Rangoon Lunatic Asylum 1878-1892 - 1878-1892
Year: 1878
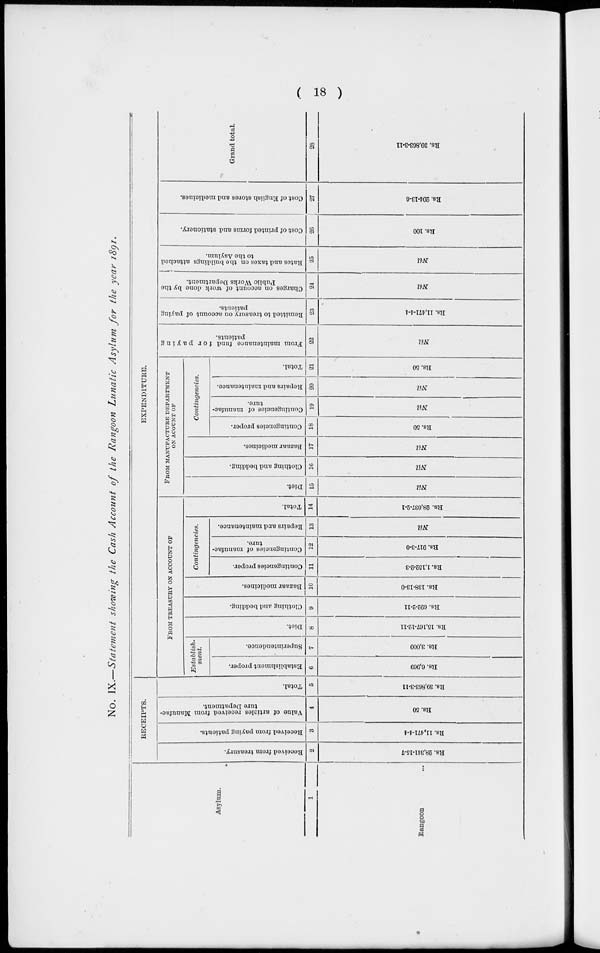
( 18 )
No. IX.—Statement showing the Cash Account of the Rangoon Lunatic Asylum for the year 1891.
Asylum.
1
Rangoon ...
RECEIPTS.
Received from treasury.
2
Rs. 28,341- 15- 7
Received from paying patients.
3
Rs. 11,471-4-4
Value of articles received from Manufac-
ture Depatment.
4
Rs. 50
Total.
5
Rs. 39,863-3-11
EXPENDITURE.
FROM TREASURY ON ACCOUNT OF
Establish-
ment.
Establishment proper.
6
Rs. 6, 969
Superintendence.
7
Rs. 3,000
Diet.
8
Rs. 15,167-12-11
Clothing and bedding.
9
Rs. 692-2-11
Bazaar medicines.
10
Rs. 138-13-0
Contingencies.
Contingencies proper.
11
Rs. 1,152-2-3
Contingencies of manufac-
ture.
12
Rs. 917- 3- 0
Repairs and maintenance.
13
Nil
Total.
14
Rs. 28, 037- 2- 1
FROM MANUFACTURE DEPARTMENT
ON ACCOUNT OF
Diet.
15
Nil
Clothing and bedding.
16
Nil
Bazaar medicines.
17
Nil
Contingencies.
Contingencies proper.
18
Rs. 50
Contingencies of manufac-
ture.
19
Nil
Repairs and maintenance.
20
Nil
Total.
21
Rs. 50
From maintenance fund for paying
patients.
22
Nil
Remitted to treasury on account of paying
patients.
23
Rs. 11,471-4-4
Charges on account of work done by the
Public Works Department.
24
Nil
Rates and taxes on the buildings attached
to the Asylum.
25
Nil
Cost of printed forms and stationery.
26
Rs. 100
Cost of English stores and medicines.
27
Rs. 204- 13- 6
Grand total.
28
Rs. 39,863-3-11